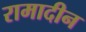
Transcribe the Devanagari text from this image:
रामादीन